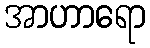
အာဟာရော